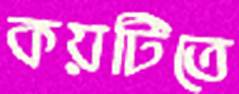
কয়টিতে